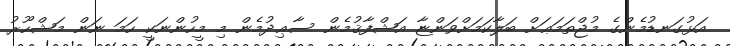
އަޅުގަނޑުމެންގެ މުޖްތަމަޢަށް ބަލާކަމަށްވަންޏާ އަޝްފާޤުމެން ސާޢިދުމެން މި މީހުންނަކީ ހަމަ ނަން މަޝްހޫރު